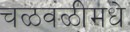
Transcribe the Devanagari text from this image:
चळवळीमधे